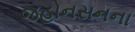
જહોનસનના